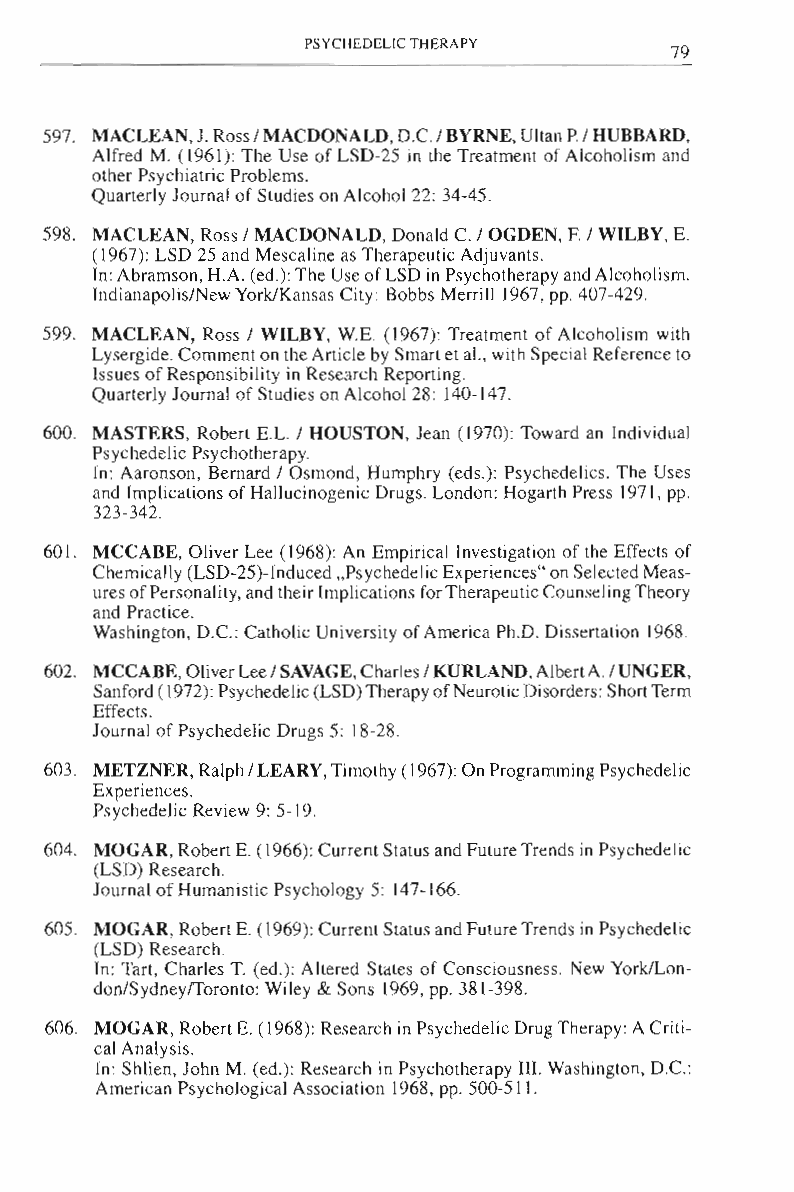
PSYCHEDELIC THERAPY
 79
 597. MACLEAN,1. Ross I MACDONALD, D.e. I BYRNE, Ultan P I HUBBARD,
 Alfred M. (1961): The Use of LSD-25 in the Treatment of Alcoholism and
 other Psychiatric Problems.
 Quarterly Journal of Studies on Alcohol 22: 34-45.
 598. MACLEAN, Ross I MACDONALD, Donald e. I OGDEN, F. I WILBY, E.
 (1967): LSD 25 and Mescaline as Therapeutic Adjuvants.
 In: Abramson, H.A. (ed.): The Use of LSD in Psychotherapy and Alcoholism.
 Indianapolis/New York/Kansas City: Bobbs Merrill 1967, pp. 407-429.
 599. MACLEAN, Ross I WILBY, w.E. (1967): Treatment of Alcoholism with
 Lysergide. Comment on the Article by Smart et aI., with Special Reference to
 Issues of Responsibility in Research Reporting.
 Quarterly Journal of Studies on Alcohol 28: 140-147.
 600. MASTERS, Robert E.L. I HOUSTON, Jean (1970): Toward an Individual
 Psychedelic Psychotherapy.
 In: Aaronson, Bernard I Osmond, Humphry (eds.): Psychedelics. The Uses
 and Implications of Hallucinogenic Drugs. London: Hogarth Press 1971 , pp.
 323-342.
 60 l. MCCABE, Oliver Lee (1968): An Empirical Investigation of the Effects of
 Chemically (LSD-25)-Induced ..Psychedelic Experiences" on Selected Meas­
 ures of Personal ity, and their Implications for Therapeutic Counsel ing Theory
 and Practice.
 Washington, D.e.: Catholic University of America Ph.D. Dissertation 1968.
 602. MCCABE, Oliver Lee I SAVAGE, Charles I KURLAND, AlbertA. I UNGER,
 Sanford (1972): Psychedelic (LSD) Therapy of Neurotic Disorders: Short Term
 Effects.
 Journal of Psychedelic Drugs 5: 18-28.
 603. METZNER, Ralph I LEARY,Timothy (1967): On Programming Psychedelic
 Experiences.
 Psychedelic Review 9: 5-19.
 604. MOGAR, Robert E. (1966): Current Status and Future Trends in Psychedel ic
 (LSD) Research.
 Journal of Humanistic Psychology 5: 147-166.
 605. MOGAR, Robert E. (1969): Current Status and Future Trends in Psychedelic
 (LSD) Research.
 In: Tart, Charles T. (ed.): Altered States of Consciousness. New YorkILon­
 don/Sydneyfforonto: WiJey & Sons 1969, pp. 381-398.
 606. MOGAR, Robert E. (1968): Research in Psychedelic Drug Therapy: A Criti­
 cal Analysis.
 In: Shhen, John M. (ed.): Research in Psychotherapy Ill. Washington, D.C.:
 American Psychological Association 1968, pp. 500-511.